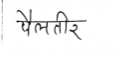
मजकूर: पैलतीर